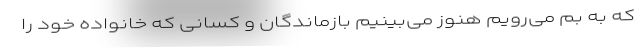
که به بم می‌رویم هنوز می‌بینیم بازماندگان و کسانی که خانواده خود را